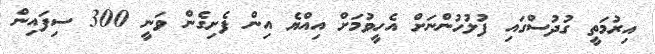
އިރުމަތީ ގުދުސްގައި ފުލުހުންނަށް އެހީވުމަށް އިއްޔެ އިން ފެށިގެން ވަނީ 300 ސިފައިން